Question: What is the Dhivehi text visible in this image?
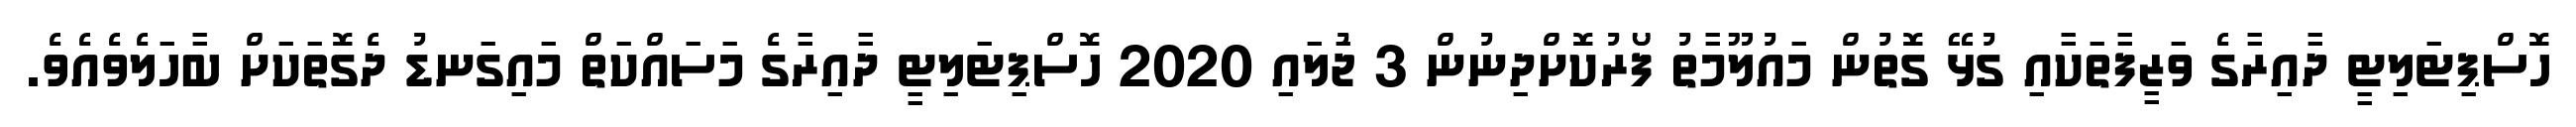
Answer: ހޮސްޕިޓަލިޓީ ދާއިރާގެ ވަޒީފާތަކާއި ގުޅޭ ގޮތުން މައުލޫމާތު ފޯރުކޮށްދިނުން 3 ޖުަލައި 2020 ހޮސްޕިޓަލިޓީ ދާއިރާގެ މަސައްކަތް މައިގަނޑު ދެގޮތަކަށް ބާހަލެވެއެވެ.